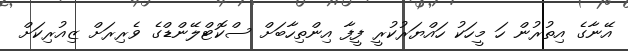
އޭނާގެ އިތުރުން ހަ މީހަކު ހައްޔަރުކުރީ ފީފާ އިންތިހާބަށް ސްކޮޓްލޭންޑްގެ ވެރިރަށް ޒިއުރިކަށް